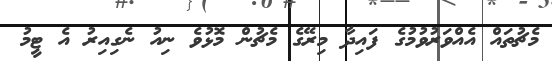
މެޗުތައް އެއްވަރުވުމުގެ ފައިދާ މިރޭގެ މެޗުން މޮޅުވެ ނިއު ނެގިއިރު އެ ޓީމު